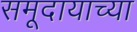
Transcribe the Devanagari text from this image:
समूदायाच्या